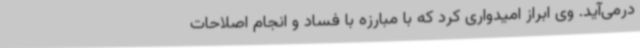
درمی‌آید. وی ابراز امیدواری کرد که با مبارزه با فساد و انجام اصلاحات